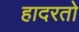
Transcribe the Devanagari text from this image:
हादरतो